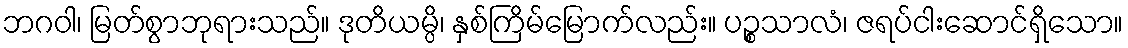
ဘဂဝါ၊ မြတ်စွာဘုရားသည်။ ဒုတိယမ္ပိ၊ နှစ်ကြိမ်မြောက်လည်း။ ပဉ္စသာလံ၊ ဇရပ်ငါးဆောင်ရှိသော။